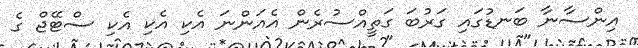
އިންސާނާ ބަނޑުގައި ގަރުބަ ގަތީއްސުރެން އެއަންނަ އެކި އެކި އެކި ސްޓޭޖް ގެ